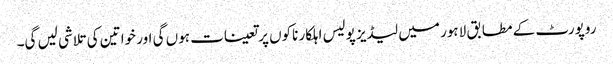
روپورٹ کے مطابق لاہور میں لیڈیز پولیس اہلکار ناکوں پر تعینات ہوں گی اور خواتین کی تلاشی لیں گی۔